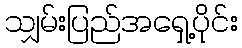
သျှမ်းပြည်အရှေ့ပိုင်း